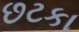
છટકા